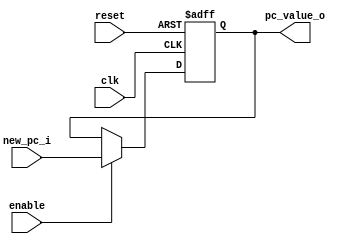
/******************************************************************
* Description
*	This is a register of 32-bit that corresponds to the PC counter. 
*	This register does not have an enable signal.
* Version:
*	1.0
* Author:
*	Dr. Jos Luis Pizano Escalante
* email:
*	luispizano@iteso.mx
* Date:
*	05/07/2020
******************************************************************/

module Program_Counter
#(
	parameter N_BITS = 32
)
(
	input clk,
	input reset,
	input enable,
	input  [N_BITS-1:0] new_pc_i,
	
	
	output reg [N_BITS-1:0] pc_value_o
);

always@(negedge reset or negedge clk) begin
	if(reset == 0)
		pc_value_o <= 32'h0040_0000;
	else
		if(enable == 1)
			pc_value_o <= new_pc_i;
end

endmodule